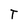
Character: T